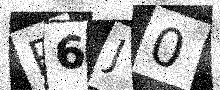
Text: R6J0